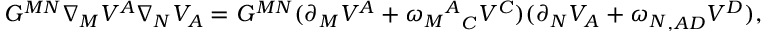
G ^ { M N } \nabla _ { M } V ^ { A } \nabla _ { N } V _ { A } = G ^ { M N } ( \partial _ { M } V ^ { A } + { { \omega _ { M } } ^ { A } } _ { C } V ^ { C } ) ( \partial _ { N } V _ { A } + { \omega _ { N } } _ { , A D } V ^ { D } ) ,